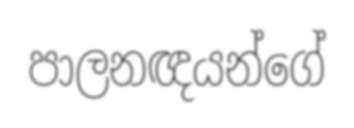
පාලනඥයන්ගේ